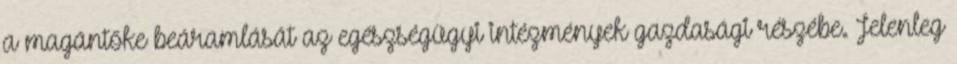
a magántőke beáramlását az egészségügyi intézmények gazdasági részébe. Jelenleg